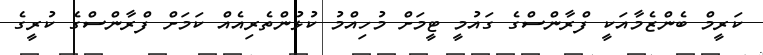
ކަރީމް ބެންޒެމާއަކީ ފްރާންސްގެ ގައުމީ ޓީމަށް މުހިއްމު ކުޅުންތެރިއެއް ކަމަށް ފްރާންސްގެ ކުރީގެ